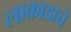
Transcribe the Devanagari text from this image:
लाकाडाचे